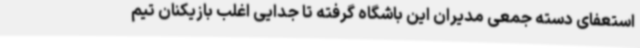
استعفای دسته جمعی مدیران این باشگاه گرفته تا جدایی اغلب بازیکنان تیم